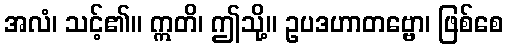
အလံ၊ သင့်၏။ ဣတိ၊ ဤသို့။ ဥပဒဟာတဗ္ဗော၊ ဖြစ်စေ